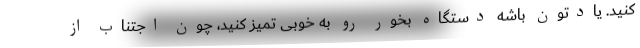
کنید. یادتون باشه دستگاه بخور رو به خوبی تمیز کنید، چون اجتناب از